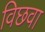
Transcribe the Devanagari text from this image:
विछवा